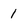
Character: 1